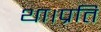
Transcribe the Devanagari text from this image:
था।प्रति